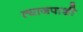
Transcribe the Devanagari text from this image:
त्याजपाशी